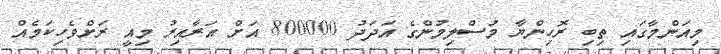
މިއަންމާގައި ތިބި ރޮހިންޔާ މުސްލިމުންގެ އަދަދު 800000 އަށް އަރާއިރު މިއީ ރަށްވެހިކަމެއް